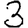
Digit: 3